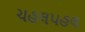
ચહલપહલ